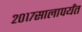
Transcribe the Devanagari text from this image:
२०१७सालापर्यंत